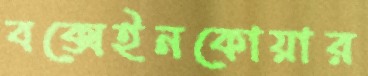
বক্সেইনকোয়ার